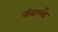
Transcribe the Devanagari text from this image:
नीदरलँड